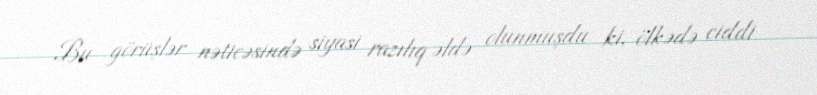
Bu görüşlər nəticəsində siyasi razılıq əldə olunmuşdu ki, ölkədə ciddi